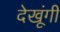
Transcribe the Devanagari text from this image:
देखूंगी